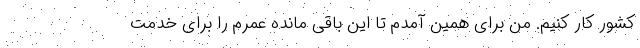
کشور کار کنیم. من برای همین آمدم تا این باقی مانده عمرم را برای خدمت